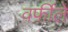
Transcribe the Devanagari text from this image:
वर्फीले